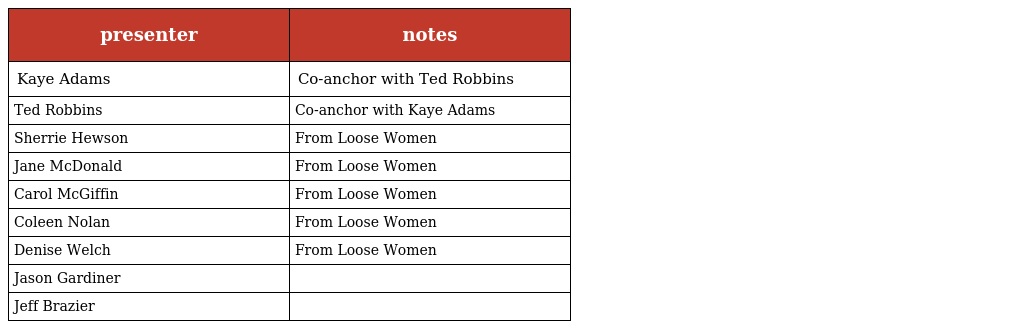
| presenter | notes |
 | --- | --- |
 | Kaye Adams | Co-anchor with Ted Robbins |
 | Ted Robbins | Co-anchor with Kaye Adams |
 | Sherrie Hewson | From Loose Women |
 | Jane McDonald | From Loose Women |
 | Carol McGiffin | From Loose Women |
 | Coleen Nolan | From Loose Women |
 | Denise Welch | From Loose Women |
 | Jason Gardiner |  |
 | Jeff Brazier |  |